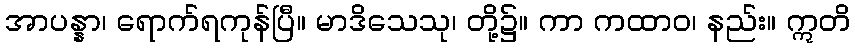
အာပန္နာ၊ ရောက်ရကုန်ပြီ။ မာဒိသေသု၊ တို့၌။ ကာ ကထာဝ၊ နည်း။ ဣတိ